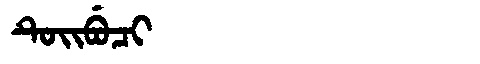
Manchu: ᡨᡠᡳᠪᡠᠴᡳ
Romanization: TUIBUCI